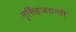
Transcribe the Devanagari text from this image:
नृसिंहजयन्ती